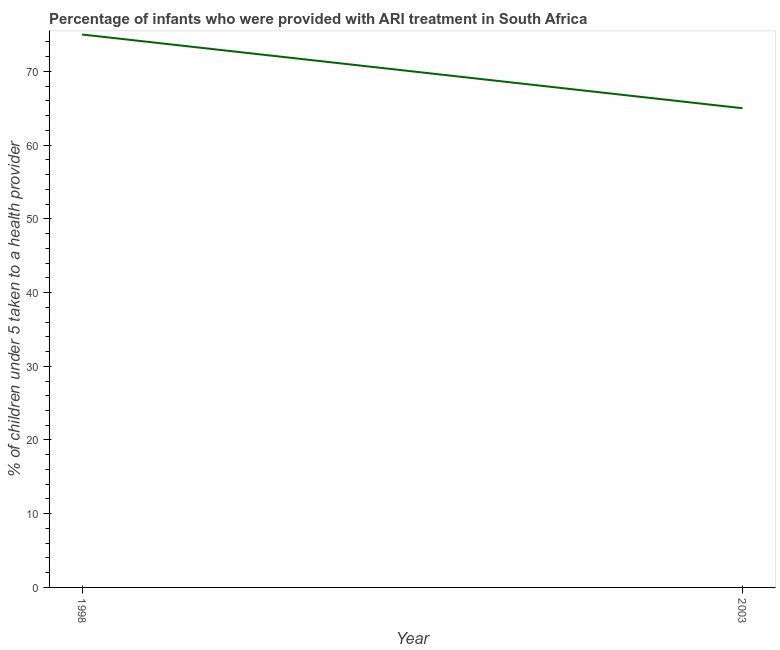
| Year | ARI treatment |
 | --- | --- |
 | 1998 | 75 |
 | 2003 | 65 |